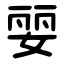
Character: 婯